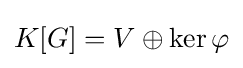
K[G]=V\oplus \ker \varphi